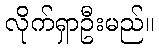
လိုက်ရှာဦးမည်။